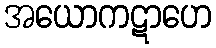
အယောကဋာဟေ